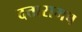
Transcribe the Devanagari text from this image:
दत्तारामच